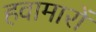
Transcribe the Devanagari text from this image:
हवामारों